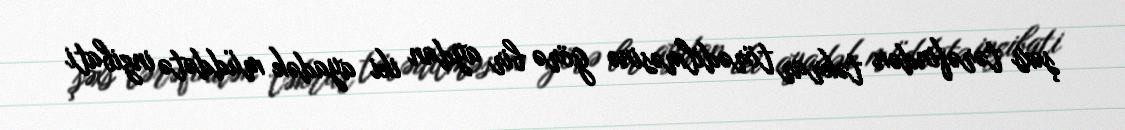
şəxs tərəfindən təkrar törədilməsinə görə bir aydan iki ayadək müddətə inzibati